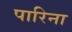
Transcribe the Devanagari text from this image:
पारिना